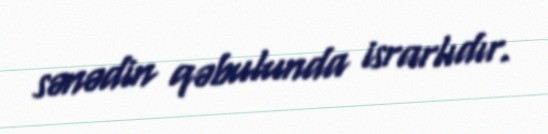
sənədin qəbulunda israrlıdır.